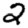
Digit: 2